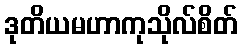
ဒုတိယမဟာကုသိုလ်စိတ်